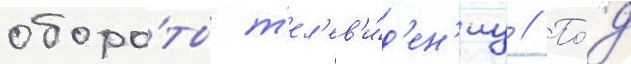
оборо́ты т'ел'ев'и́д'ен'иу // По́д